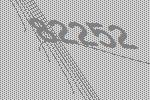
82252